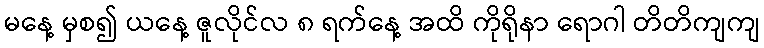
မနေ့ မှစ၍ ယနေ့ ဇူလိုင်လ ၈ ရက်နေ့ အထိ ကိုရိုနာ ရောဂါ တိတိကျကျ